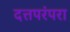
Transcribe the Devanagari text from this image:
दत्तपरंपरा